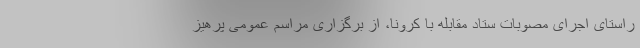
راستای اجرای مصوبات ستاد مقابله با کرونا، از برگزاری مراسم عمومی پرهیز